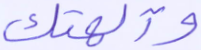
وآلهتك